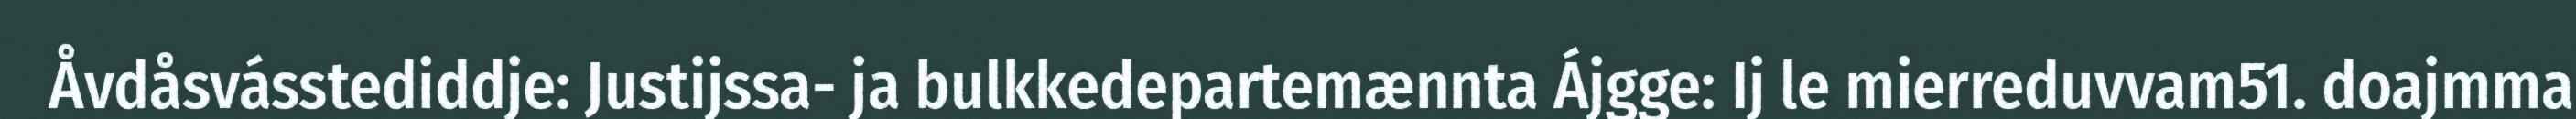
Åvdåsvásstediddje: Justijssa- ja bulkkedepartemænnta Ájgge: Ij le mierreduvvam51. doajmma